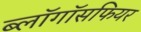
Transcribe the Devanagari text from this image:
ब्लॉगॉसफियर